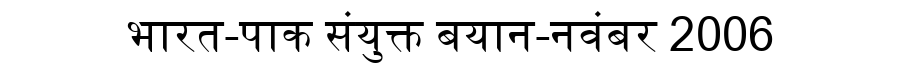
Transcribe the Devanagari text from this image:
भारत-पाक संयुक्त बयान-नवंबर 2006